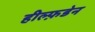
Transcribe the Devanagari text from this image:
हील्फ़डेन